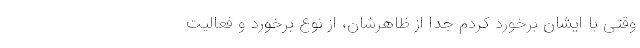
وقتی با ایشان برخورد کردم جدا از ظاهرشان، از نوع برخورد و فعالیت